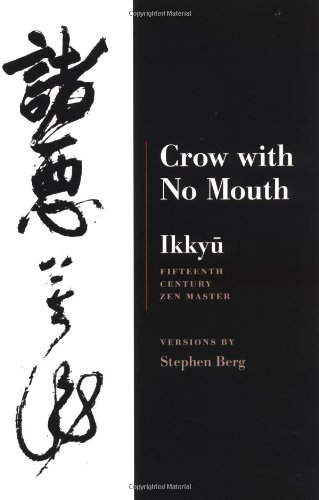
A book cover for Ikkyu: Crow With No Mouth: 15th Century Zen Master; Stephen Berg; Literature & Fiction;